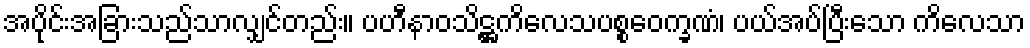
အပိုင်းအခြားသည်သာလျှင်တည်း။ ပဟီနာဝသိဋ္ဌကိလေသပစ္စဝေက္ခဏံ၊ ပယ်အပ်ပြီးသော ကိလေသာ